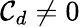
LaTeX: \mathcal{C}_{d}\neq0